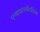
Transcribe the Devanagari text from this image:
एन्वायरनमेंटलिज्म